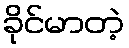
ခိုင်မာတဲ့